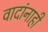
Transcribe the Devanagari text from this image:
वादांनाही